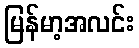
မြန်မာ့အလင်း